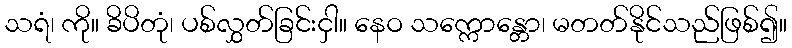
သရံ၊ ကို။ ခိပိတုံ၊ ပစ်လွှတ်ခြင်းငှါ။ နေဝ သက္ကောန္တော၊ မတတ်နိုင်သည်ဖြစ်၍။